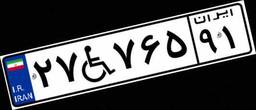
۲۷W۷۶۵۹۱